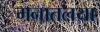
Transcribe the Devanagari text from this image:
मनातलया